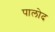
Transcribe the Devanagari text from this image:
पालोद